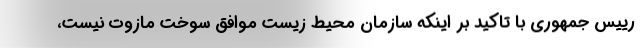
رییس جمهوری با تاکید بر اینکه سازمان محیط زیست موافق سوخت مازوت نیست،